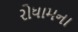
રોધામના